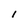
Character: l